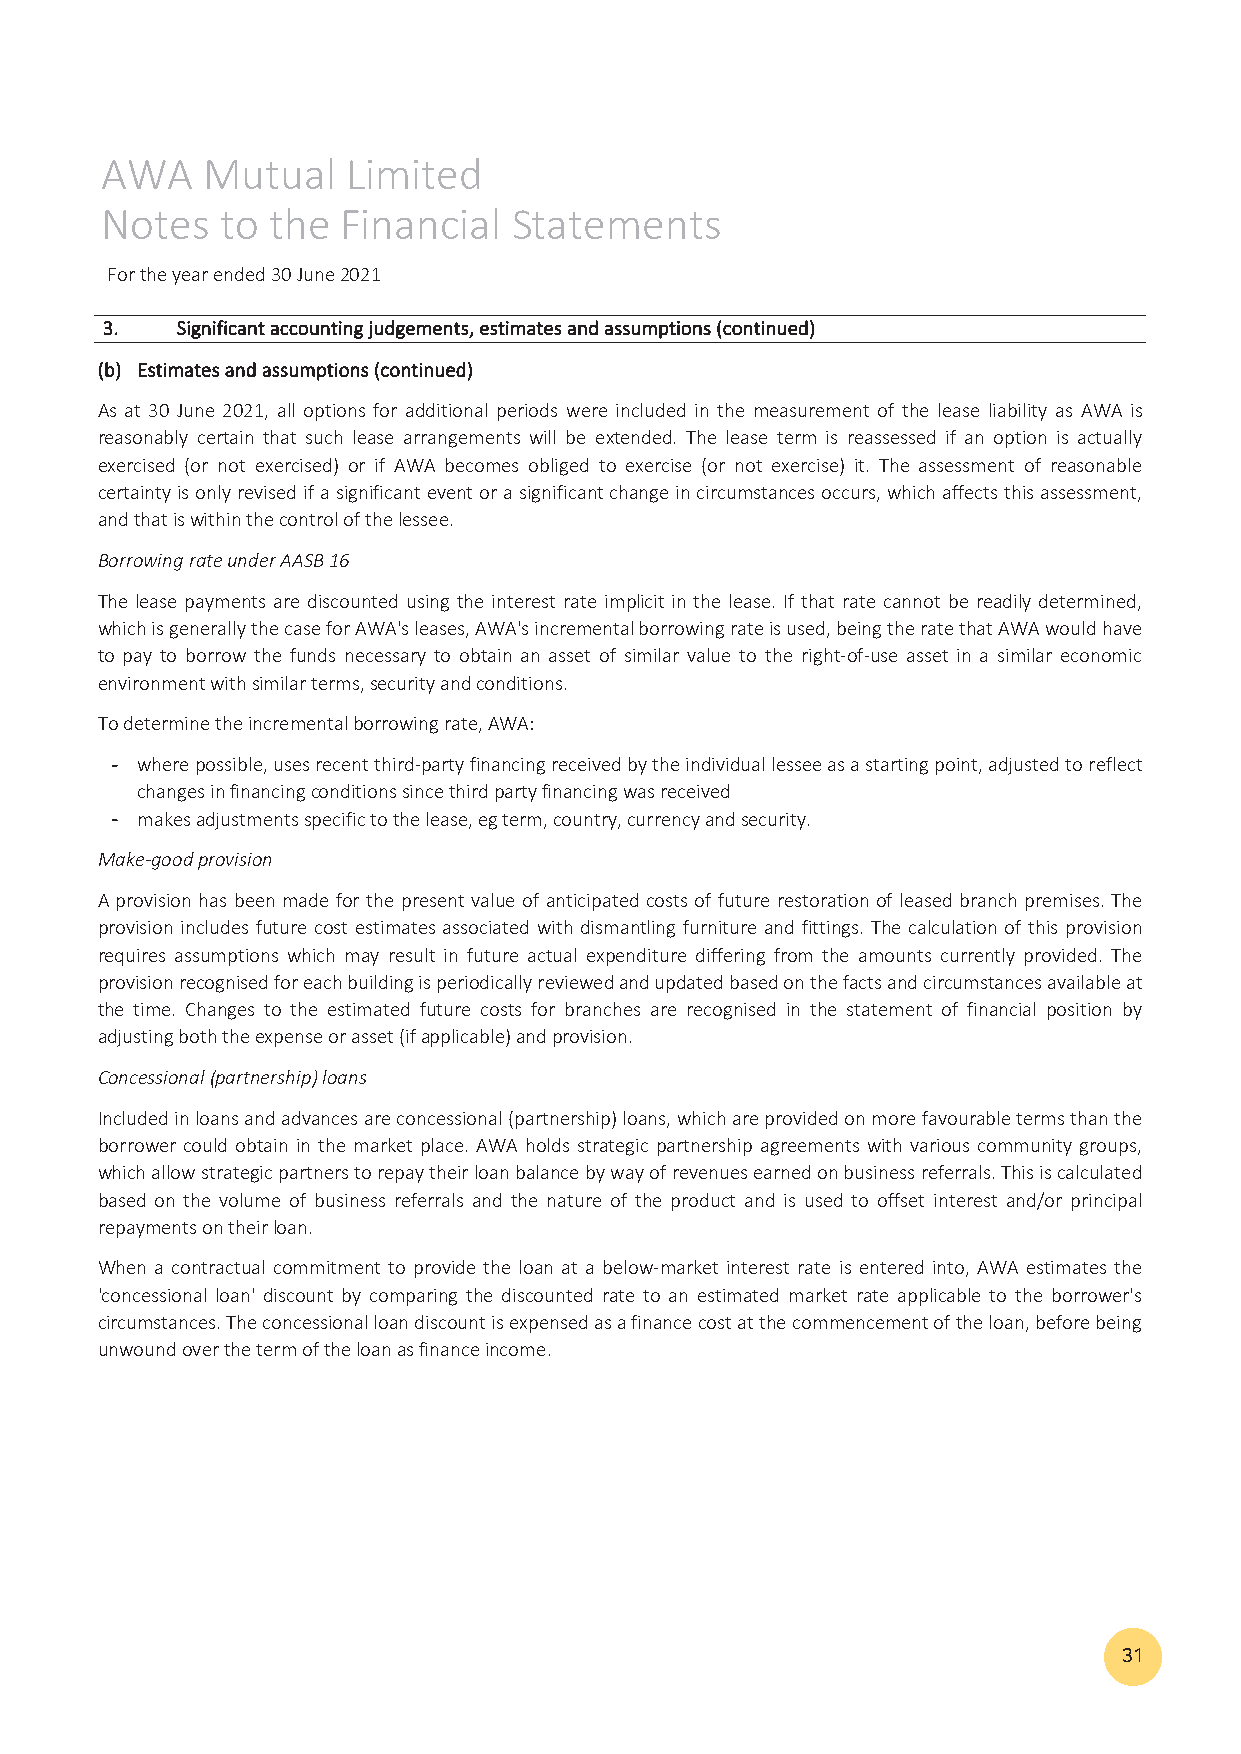
AWA   Mutual    Limited
 Notes   to the  Financial  Statements
 For the year ended 30 June 2021
 33.. SSiiggnniiffiiccaanntt aaccccoouunnttiinngg jjuuddggeemmeennttss,, eessttiimmaatteess aanndd aassssuummppttiioonnss ((ccoonnttiinnuueedd))
 ((bb)) EEssttiimmaatteess aanndd aassssuummppttiioonnss ((ccoonnttiinnuueedd))
 As at 30 June 2021, all options for additional periods were included in the measurement of the lease liability as AWA is
 reasonably certain that such lease arrangements will be extended. The lease term is reassessed if an option is actually
 exercised (or not exercised) or if AWA becomes obliged to exercise (or not exercise) it. The assessment of reasonable
 certaintyisonlyrevisedifasignificanteventorasignificantchangeincircumstancesoccurs,whichaffectsthisassessment,
 and that is within the control of the lessee.
 Borrowing rate under AASB 16
 The lease payments are discounted using the interest rate implicit in the lease. If that rate cannot be readily determined,
 whichisgenerallythecaseforAWA'sleases,AWA'sincrementalborrowingrateisused,beingtheratethatAWAwouldhave
 to pay to borrow the funds necessary to obtain an asset of similar value to the right‐of‐use asset in a similar economic
 environment with similar terms, security and conditions.
 To determine the incremental borrowing rate, AWA:
 ‐‐ wherepossible,usesrecentthird‐partyfinancingreceivedbytheindividuallesseeasastartingpoint,adjustedtoreflect
 changes in financing conditions since third party financing was received
 ‐‐ makes adjustments specific to the lease, eg term, country, currency and security.
 Make‐good provision
 A provision has been made for the present value of anticipated costs of future restorationof leasedbranch premises.The
 provision includes future cost estimates associated with dismantling furniture and fittings. The calculation of this provision
 requires assumptions which may result in future actual expenditure differing from the amounts currently provided. The
 provisionrecognisedforeachbuildingisperiodicallyreviewedandupdatedbasedonthefactsandcircumstancesavailableat
 the time. Changes to the estimated future costs for branches are recognised in the statement of financial position by
 adjusting both the expense or asset (if applicable) and provision.
 Concessional (partnership) loans
 Includedinloansandadvancesareconcessional(partnership)loans,whichareprovidedonmorefavourabletermsthanthe
 borrower could obtain in the market place. AWA holds strategic partnership agreements with various community groups,
 whichallowstrategicpartnerstorepaytheirloanbalancebywayofrevenuesearnedonbusinessreferrals.Thisiscalculated
 based on the volume of business referrals and the nature of the product and is used to offset interest and/or principal
 repayments on their loan.
 When a contractual commitment to provide the loan at a below‐market interest rate is entered into, AWA estimates the
 'concessional loan' discount by comparing the discounted rate to an estimated market rate applicable to the borrower's
 circumstances.Theconcessionalloandiscountisexpensedasafinancecostatthecommencementoftheloan,beforebeing
 unwound over the term of the loan as finance income.
 31